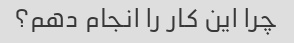
چرا این کار را انجام دهم؟